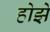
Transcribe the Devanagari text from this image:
होझे